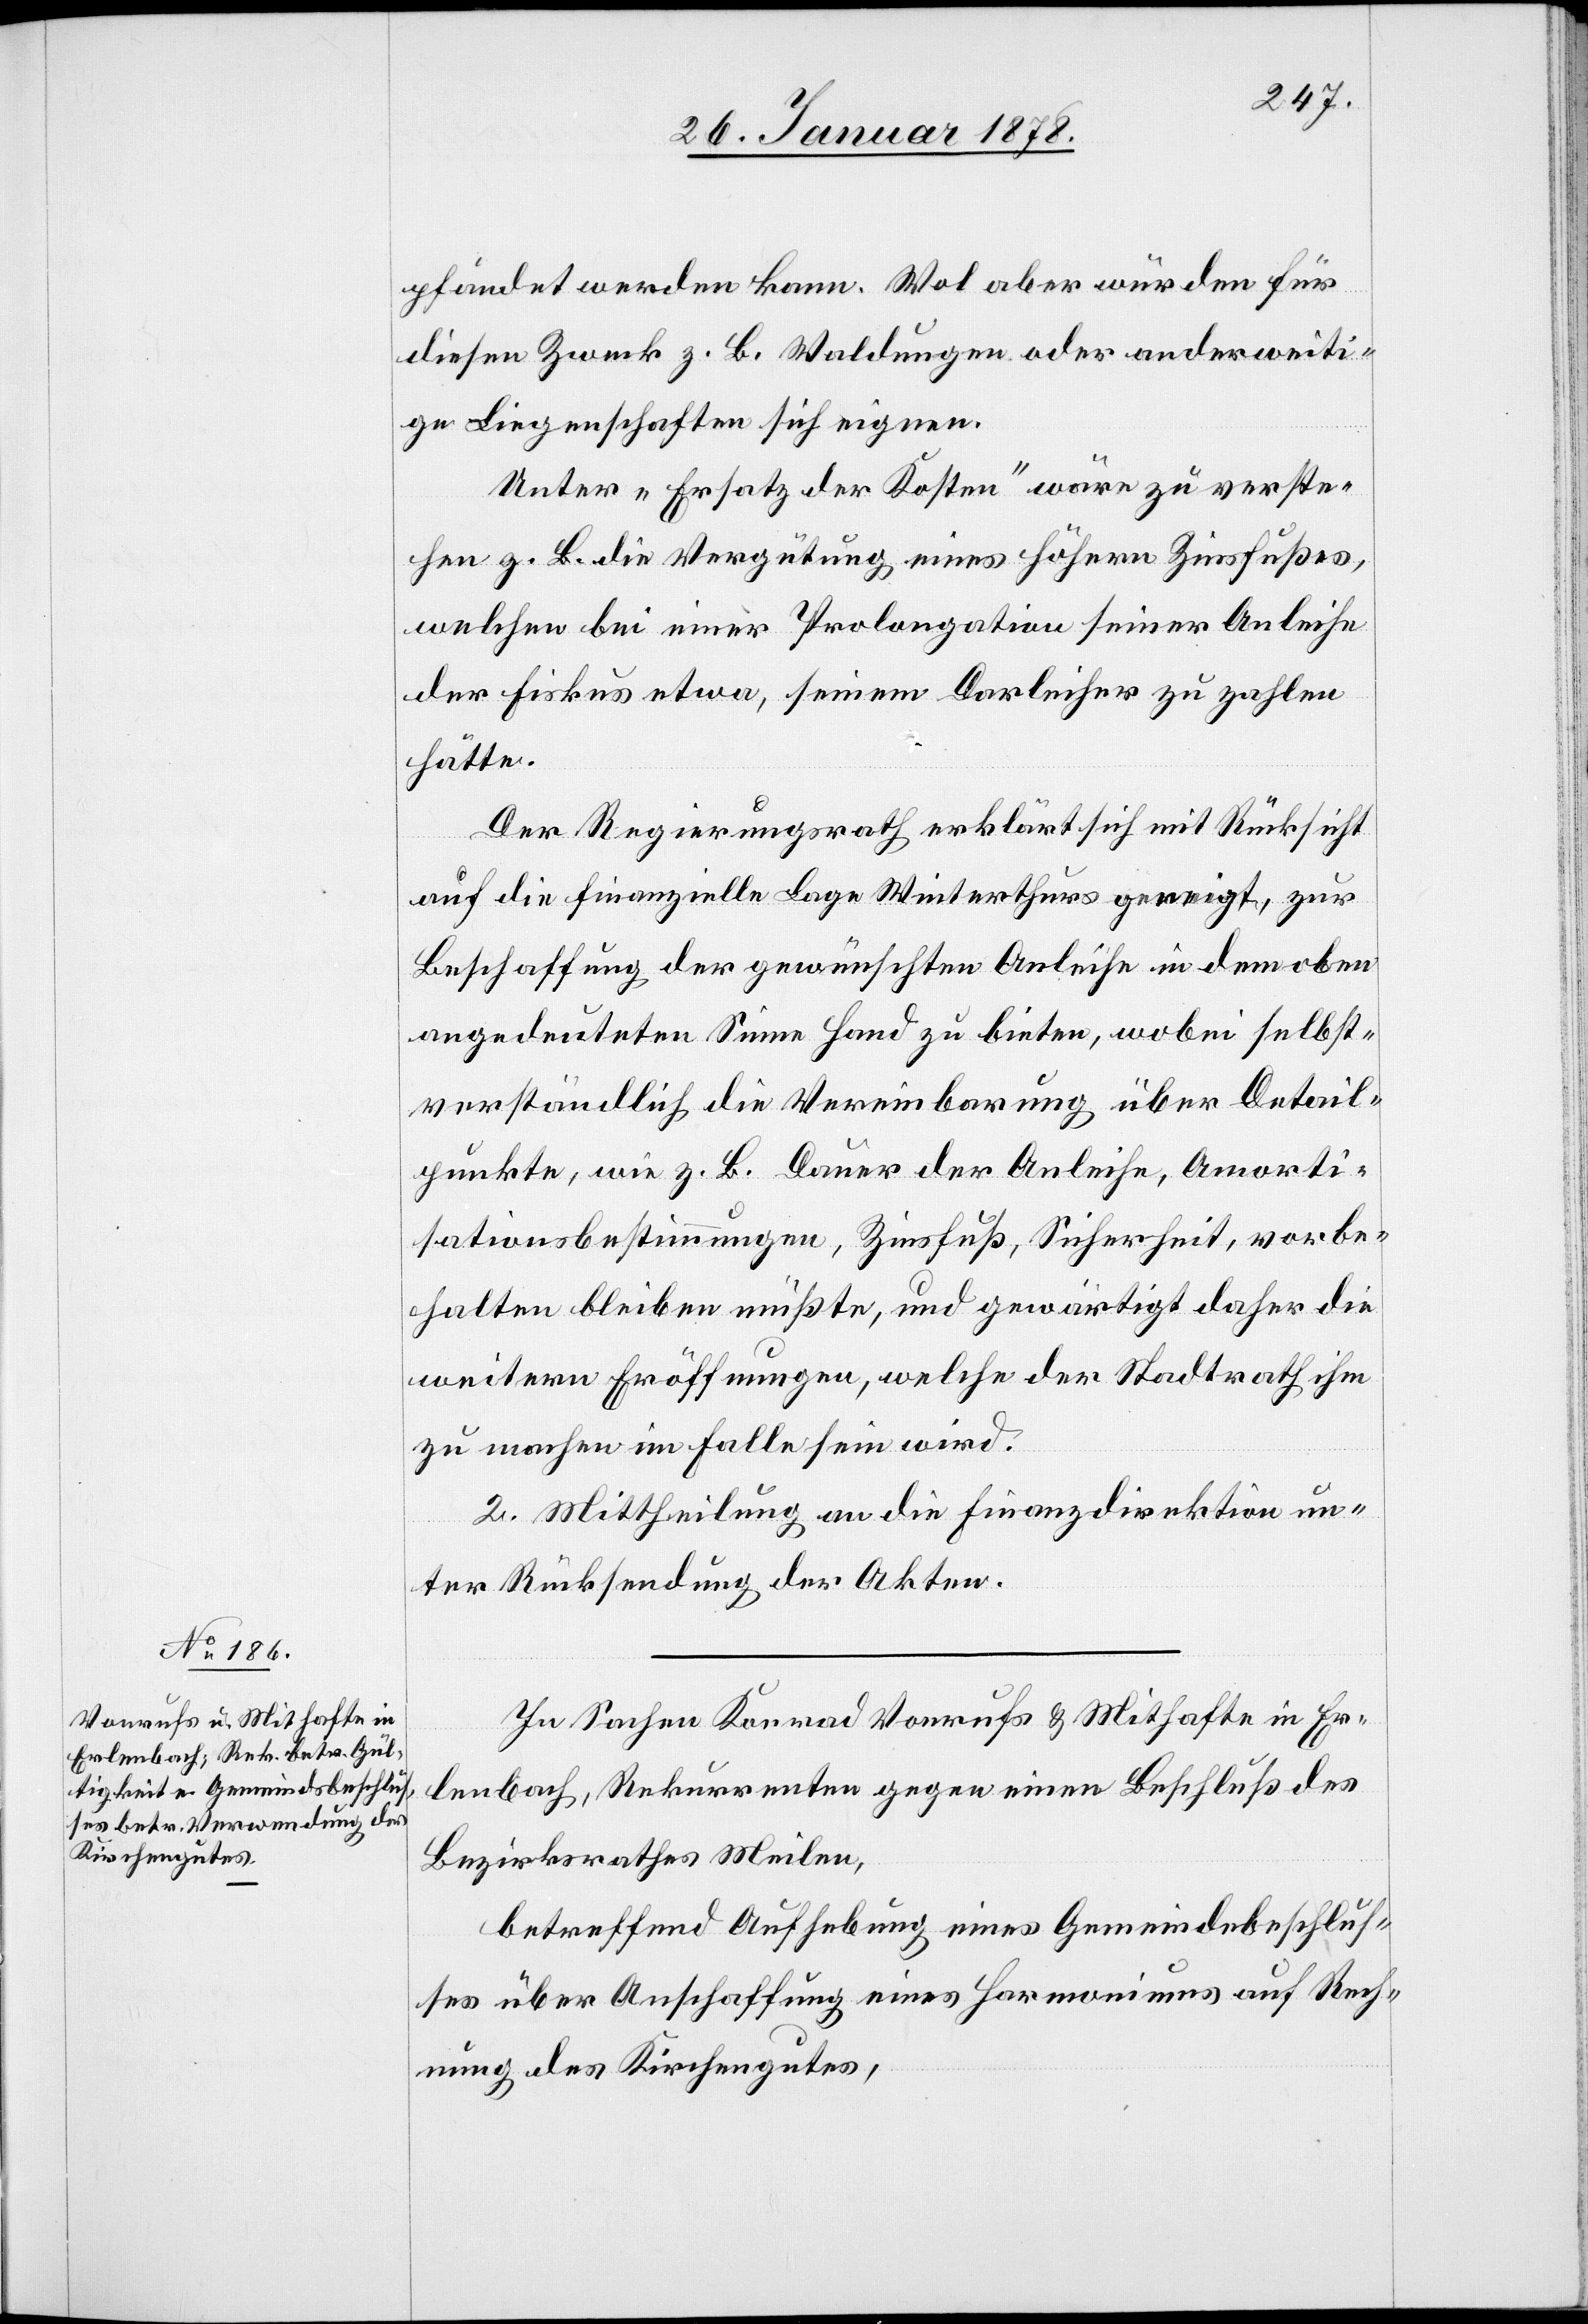
pfändet werden kann. Wol aber würden für
diesen Zweck z. B. Waldungen oder anderweiti¬
ge Liegenschaften sich eignen.
Unter „Ersatz der Kosten“ wäre zu verste¬
hen z. B. die Vergütung eines höhern Zinsfußes,
welchen bei einer Prolongation seiner Anleihe
der Fiskus etwa, seinem Darleiher zu zahlen
hätte.
Der Regierungsrath erklärt sich mit Rücksicht
auf die finanzielle Lage Winterthurs geneigt, zur
Beschaffung der gewünschten Anleihe in dem oben¬
angedeuteten Sinne Hand zu bieten, wobei selbst¬
verständlich die Vereinbarung über Detail¬
punkte, wie z. B. Dauer der Anleihe, Amorti¬
sationsbestimmungen, Zinsfuß, Sicherheit, vorbe¬
halten bleiben müßte, und gewärtigt daher die
weitern Eröffnungen, welche der Stadtrath ihm
zu machen im Falle sein wird.
2. Mittheilung an die Finanzdirektion un¬
ter Rücksendung der Akten.
In Sachen Konrad Vonrufs & Mithafte in Er¬
lenbach, Rekurrenten gegen einen Beschluß des
Bezirksrathes Meilen,
betreffend Aufhebung eines Gemeindebeschlus¬
ses über Anschaffung eines Harmoniums auf Rech¬
nung des Kirchengutes,